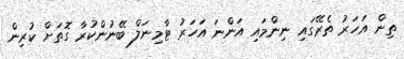
ތިން އަހަރު ތެރޭގައި ނިންމައި އަންނަ އަހަރު ޓާމިނަލް ބޭނުންކުރާ ގޮތަށް ކުރިން